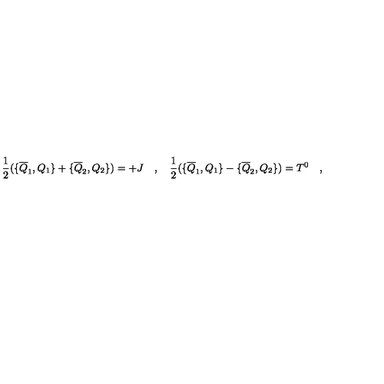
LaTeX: { \frac { 1 } { 2 } } ( \{ \overline { { Q } } _ { 1 } , Q _ { 1 } \} + \{ \overline { { Q } } _ { 2 } , Q _ { 2 } \} ) = + J \quad , \quad { \frac { 1 } { 2 } } ( \{ \overline { { Q } } _ { 1 } , Q _ { 1 } \} - \{ \overline { { Q } } _ { 2 } , Q _ { 2 } \} ) = T ^ { 0 } \quad ,